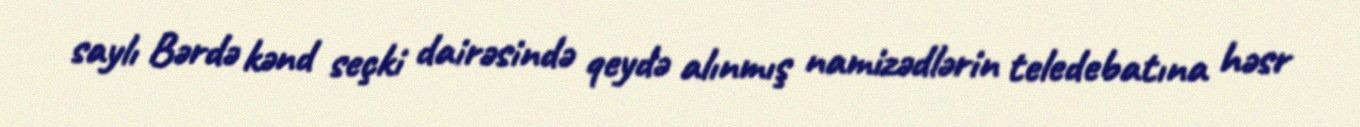
saylı Bərdə kənd seçki dairəsində qeydə alınmış namizədlərin teledebatına həsr